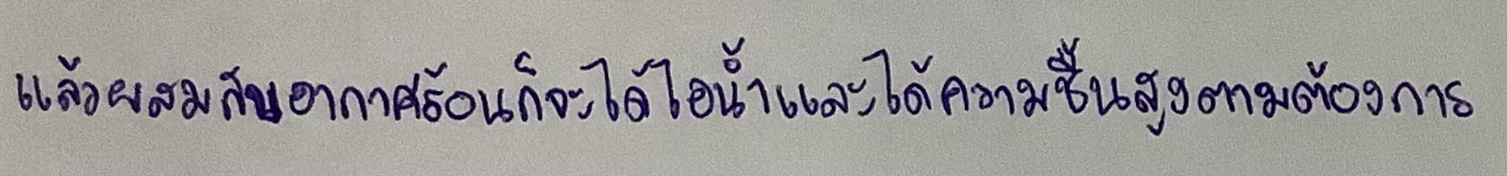
แล้วผสมกับอากาศร้อนก็จะได้ไอน้ำและได้ความชื้นสูงตามต้องการ